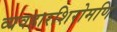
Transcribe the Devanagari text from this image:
व्यवहारशिरोमणि